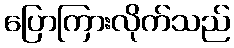
ပြောကြားလိုက်သည်